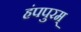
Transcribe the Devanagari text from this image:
हंपपुरम्